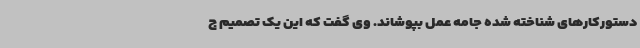
دستورکارهای شناخته شده جامه عمل بپوشاند. وی گفت که این یک تصمیم ج